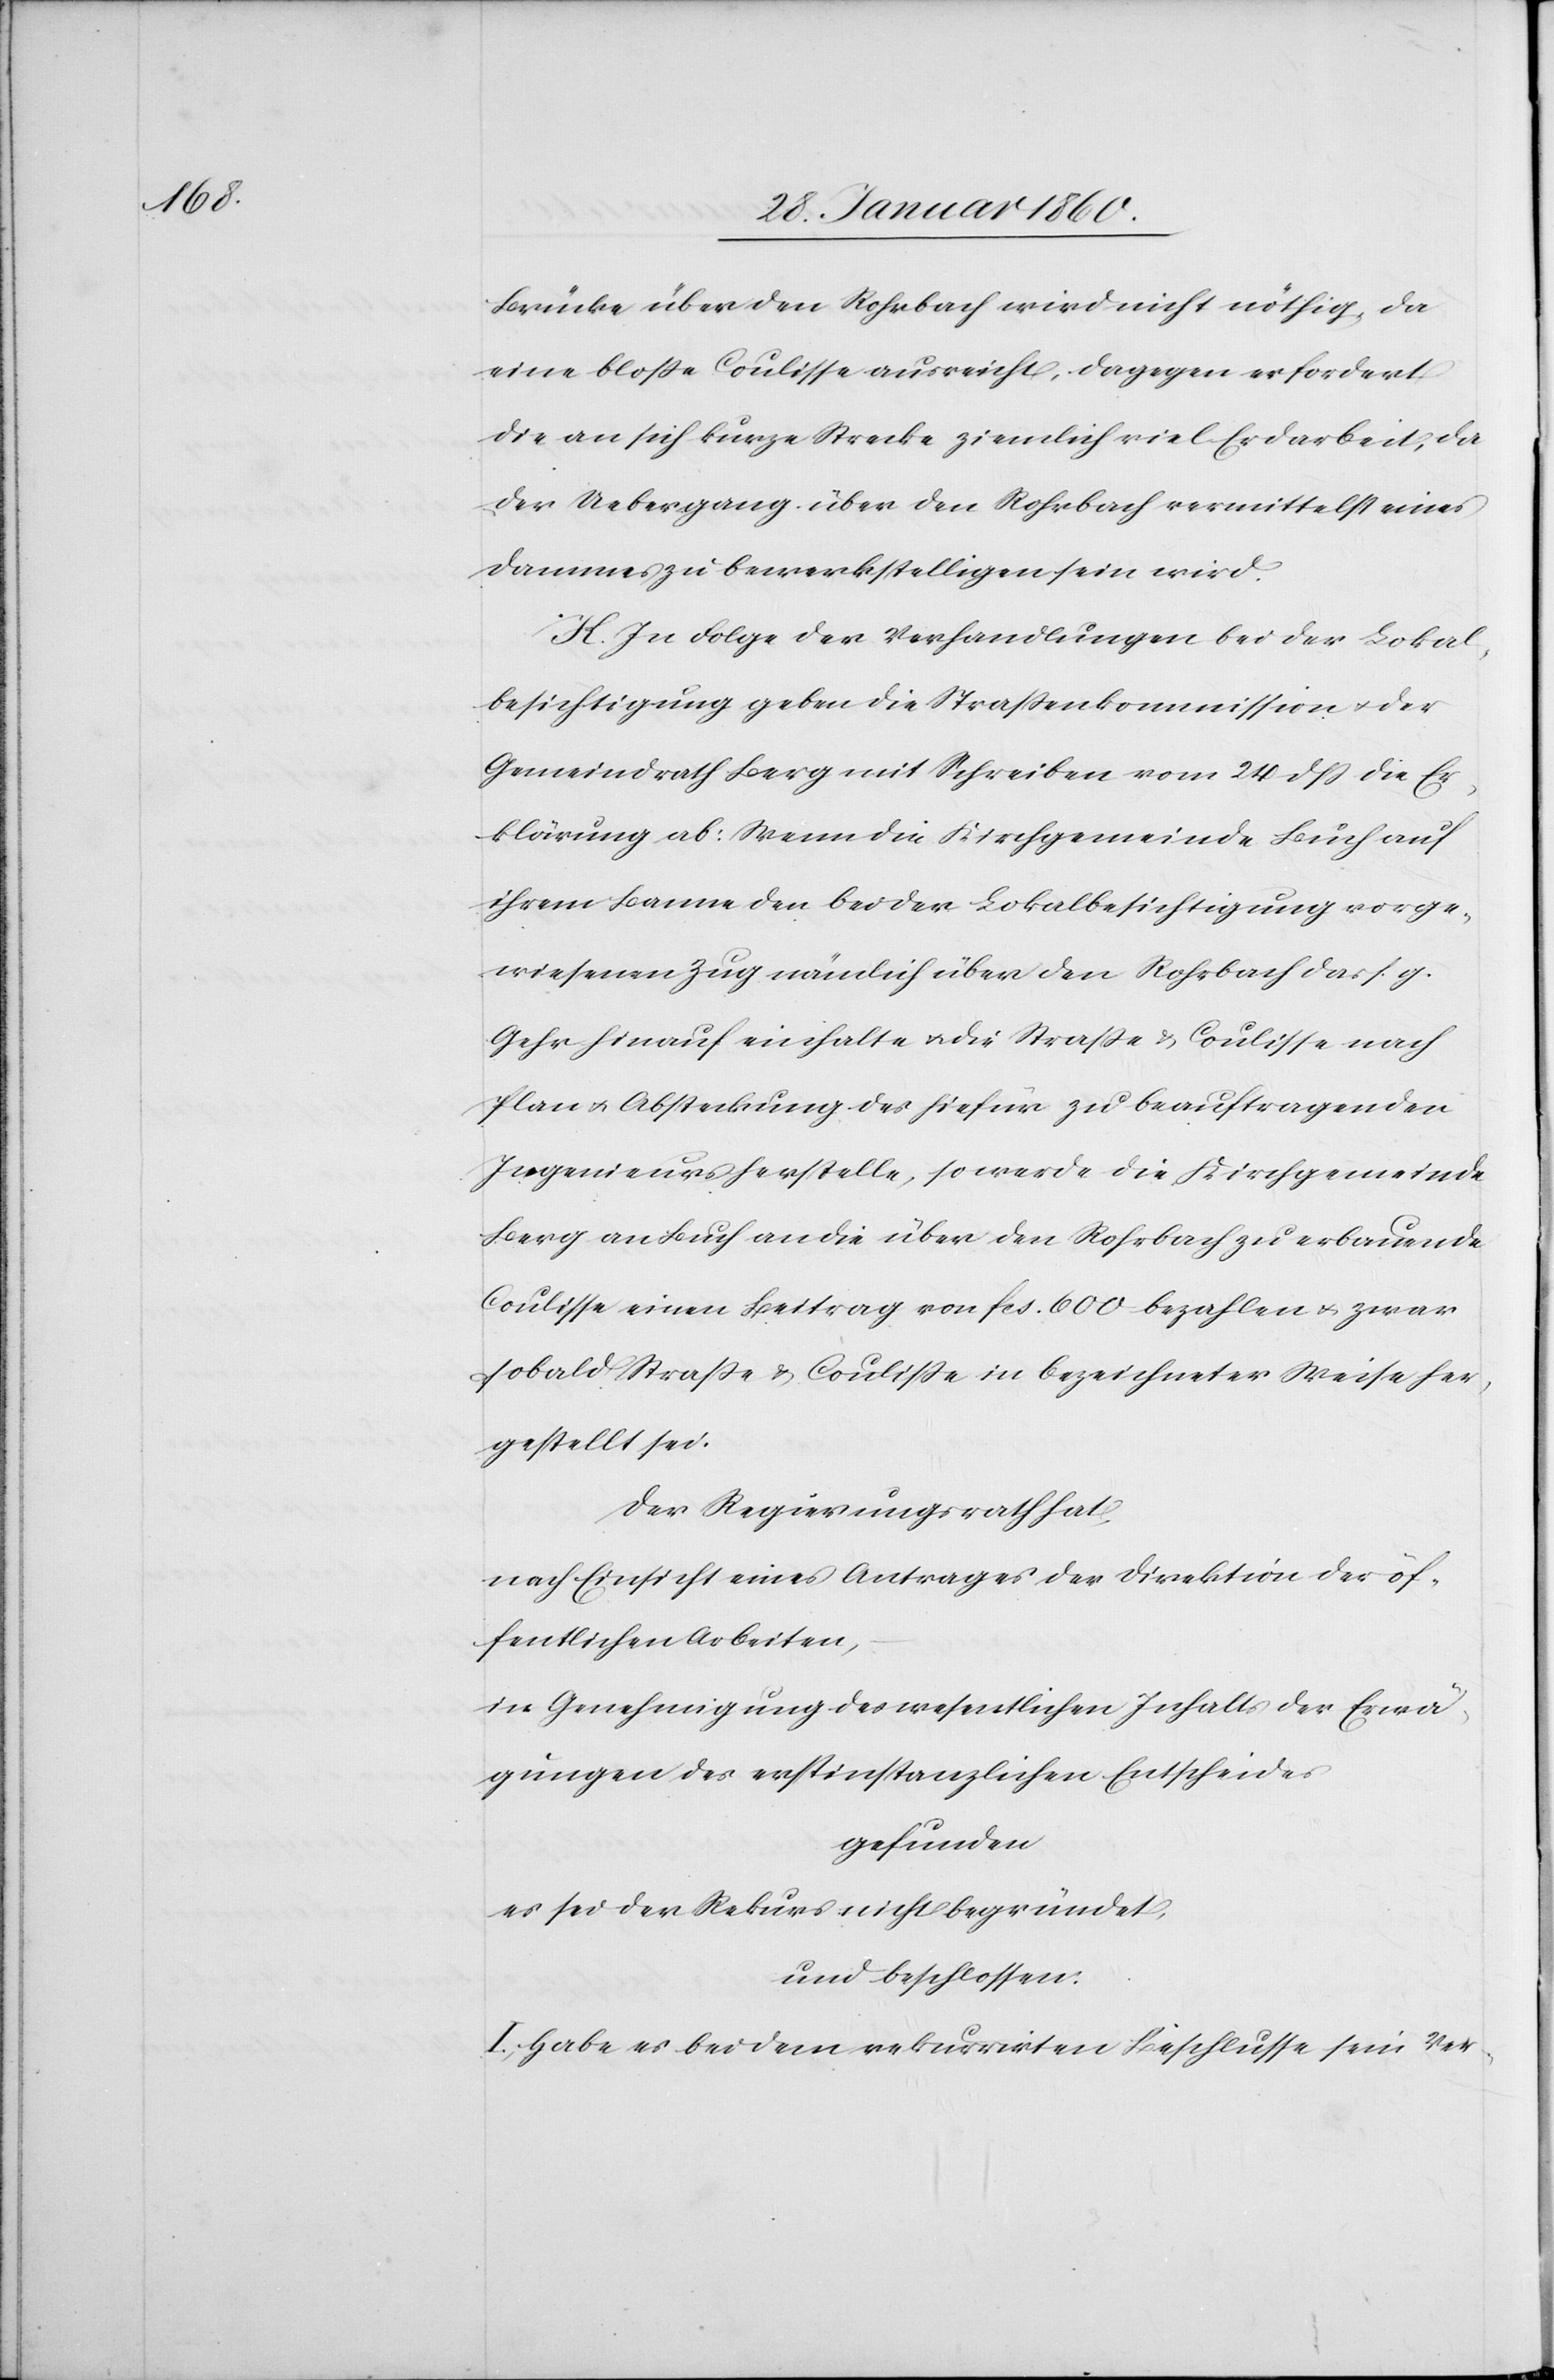
Brücke über den Rohrbach wird nicht nöthig, da
eine blosse Coulisse ausreicht, dagegen erfordert
die an sich kurze Strecke ziemlich viel Erdarbeit, da
der Uebergang über den Rohrbach vermittelst eines
Dammes zu bewerkstelligen sein wird.
H. In Folge der Verhandlungen bei der Lokal¬
besichtigung geben die Strassenkommission u. der
Gemeindrath Berg mit Schreiben vom 24. dß. die Er¬
klärung ab: Wenn die Kirchgemeinde Buch auf
ihrem Banne den bei der Lokalbesichtigung vorge¬
wiesenen Zug nämlich über den Rohrbach das s. g.
Gehr hinauf einhalte u. die Strasse u. Coulisse nach
Plan u. Absteckung der hiefür zu beauftragenden
Ingenieurs herstelle, so werde die Kirchgemeinde
Berg an Buch an die über den Rohrbach zu erbauende
Coulisse einen Beitrag von fcs. 600 bezahlen u. zwar
sobald Strasse u. Coulisse in bezeichneter Weise her¬
gestellt sei.
Der Regierungsrath hat,
nach Einsicht eines Antrages der Direktion der öf¬
fentlichen Arbeiten
in Genehmigung des wesentlichen Inhalts der Erwä¬
gungen des erstinstanzlichen Entscheides
gefunden
Es sei der Rekurs nicht begründet
und beschlossen:
I. Habe es bei dem rekurrirten Beschlusse sein Ver-